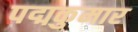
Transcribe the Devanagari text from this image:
पद्मकुमार